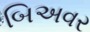
બિઅવર